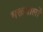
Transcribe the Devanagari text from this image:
भक्तमालों